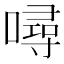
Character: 噚